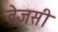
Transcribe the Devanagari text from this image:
तेजसी